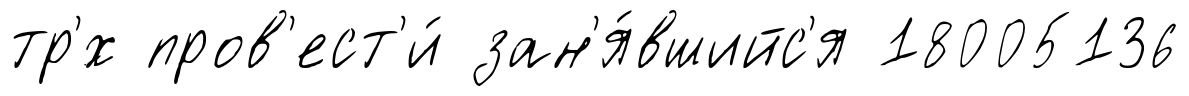
тр'́х пров'ест'и́ зан'я́вшийс'я 18005136